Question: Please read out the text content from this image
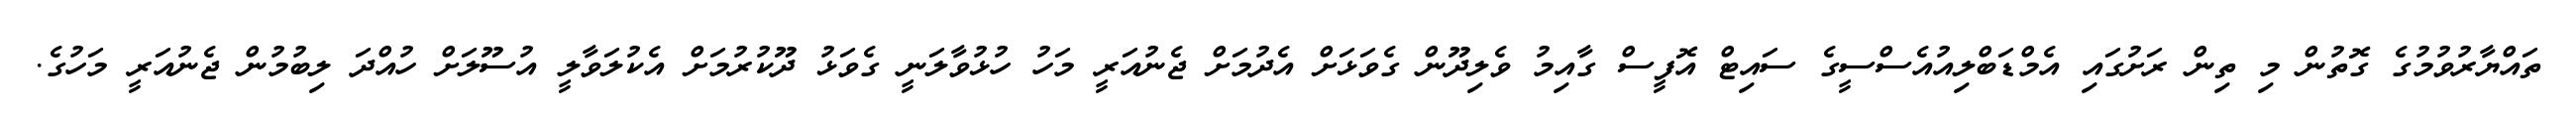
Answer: ތައްޔާރުވުމުގެ ގޮތުން މި ތިން ރަށުގައި އެމްޑަބްލިއުއެސްސީގެ ސައިޓް އޮފީސް ގާއިމު ވެލިދޫން ގެވަޅަށް އެދުމަށް ޖެނުއަރީ މަހު ހުޅުވާލަނީ ގެވަޅު ދޫކުރުމަށް އެކުލަވާލީ އުސޫލަށް ހުއްދަ ލިބުމުން ޖެނުއަރީ މަހުގެ.